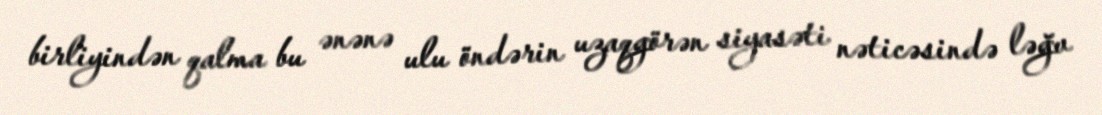
birliyindən qalma bu ənənə ulu öndərin uzaqgörən siyasəti nəticəsində ləğv